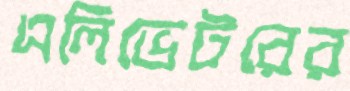
এলিভেটরের